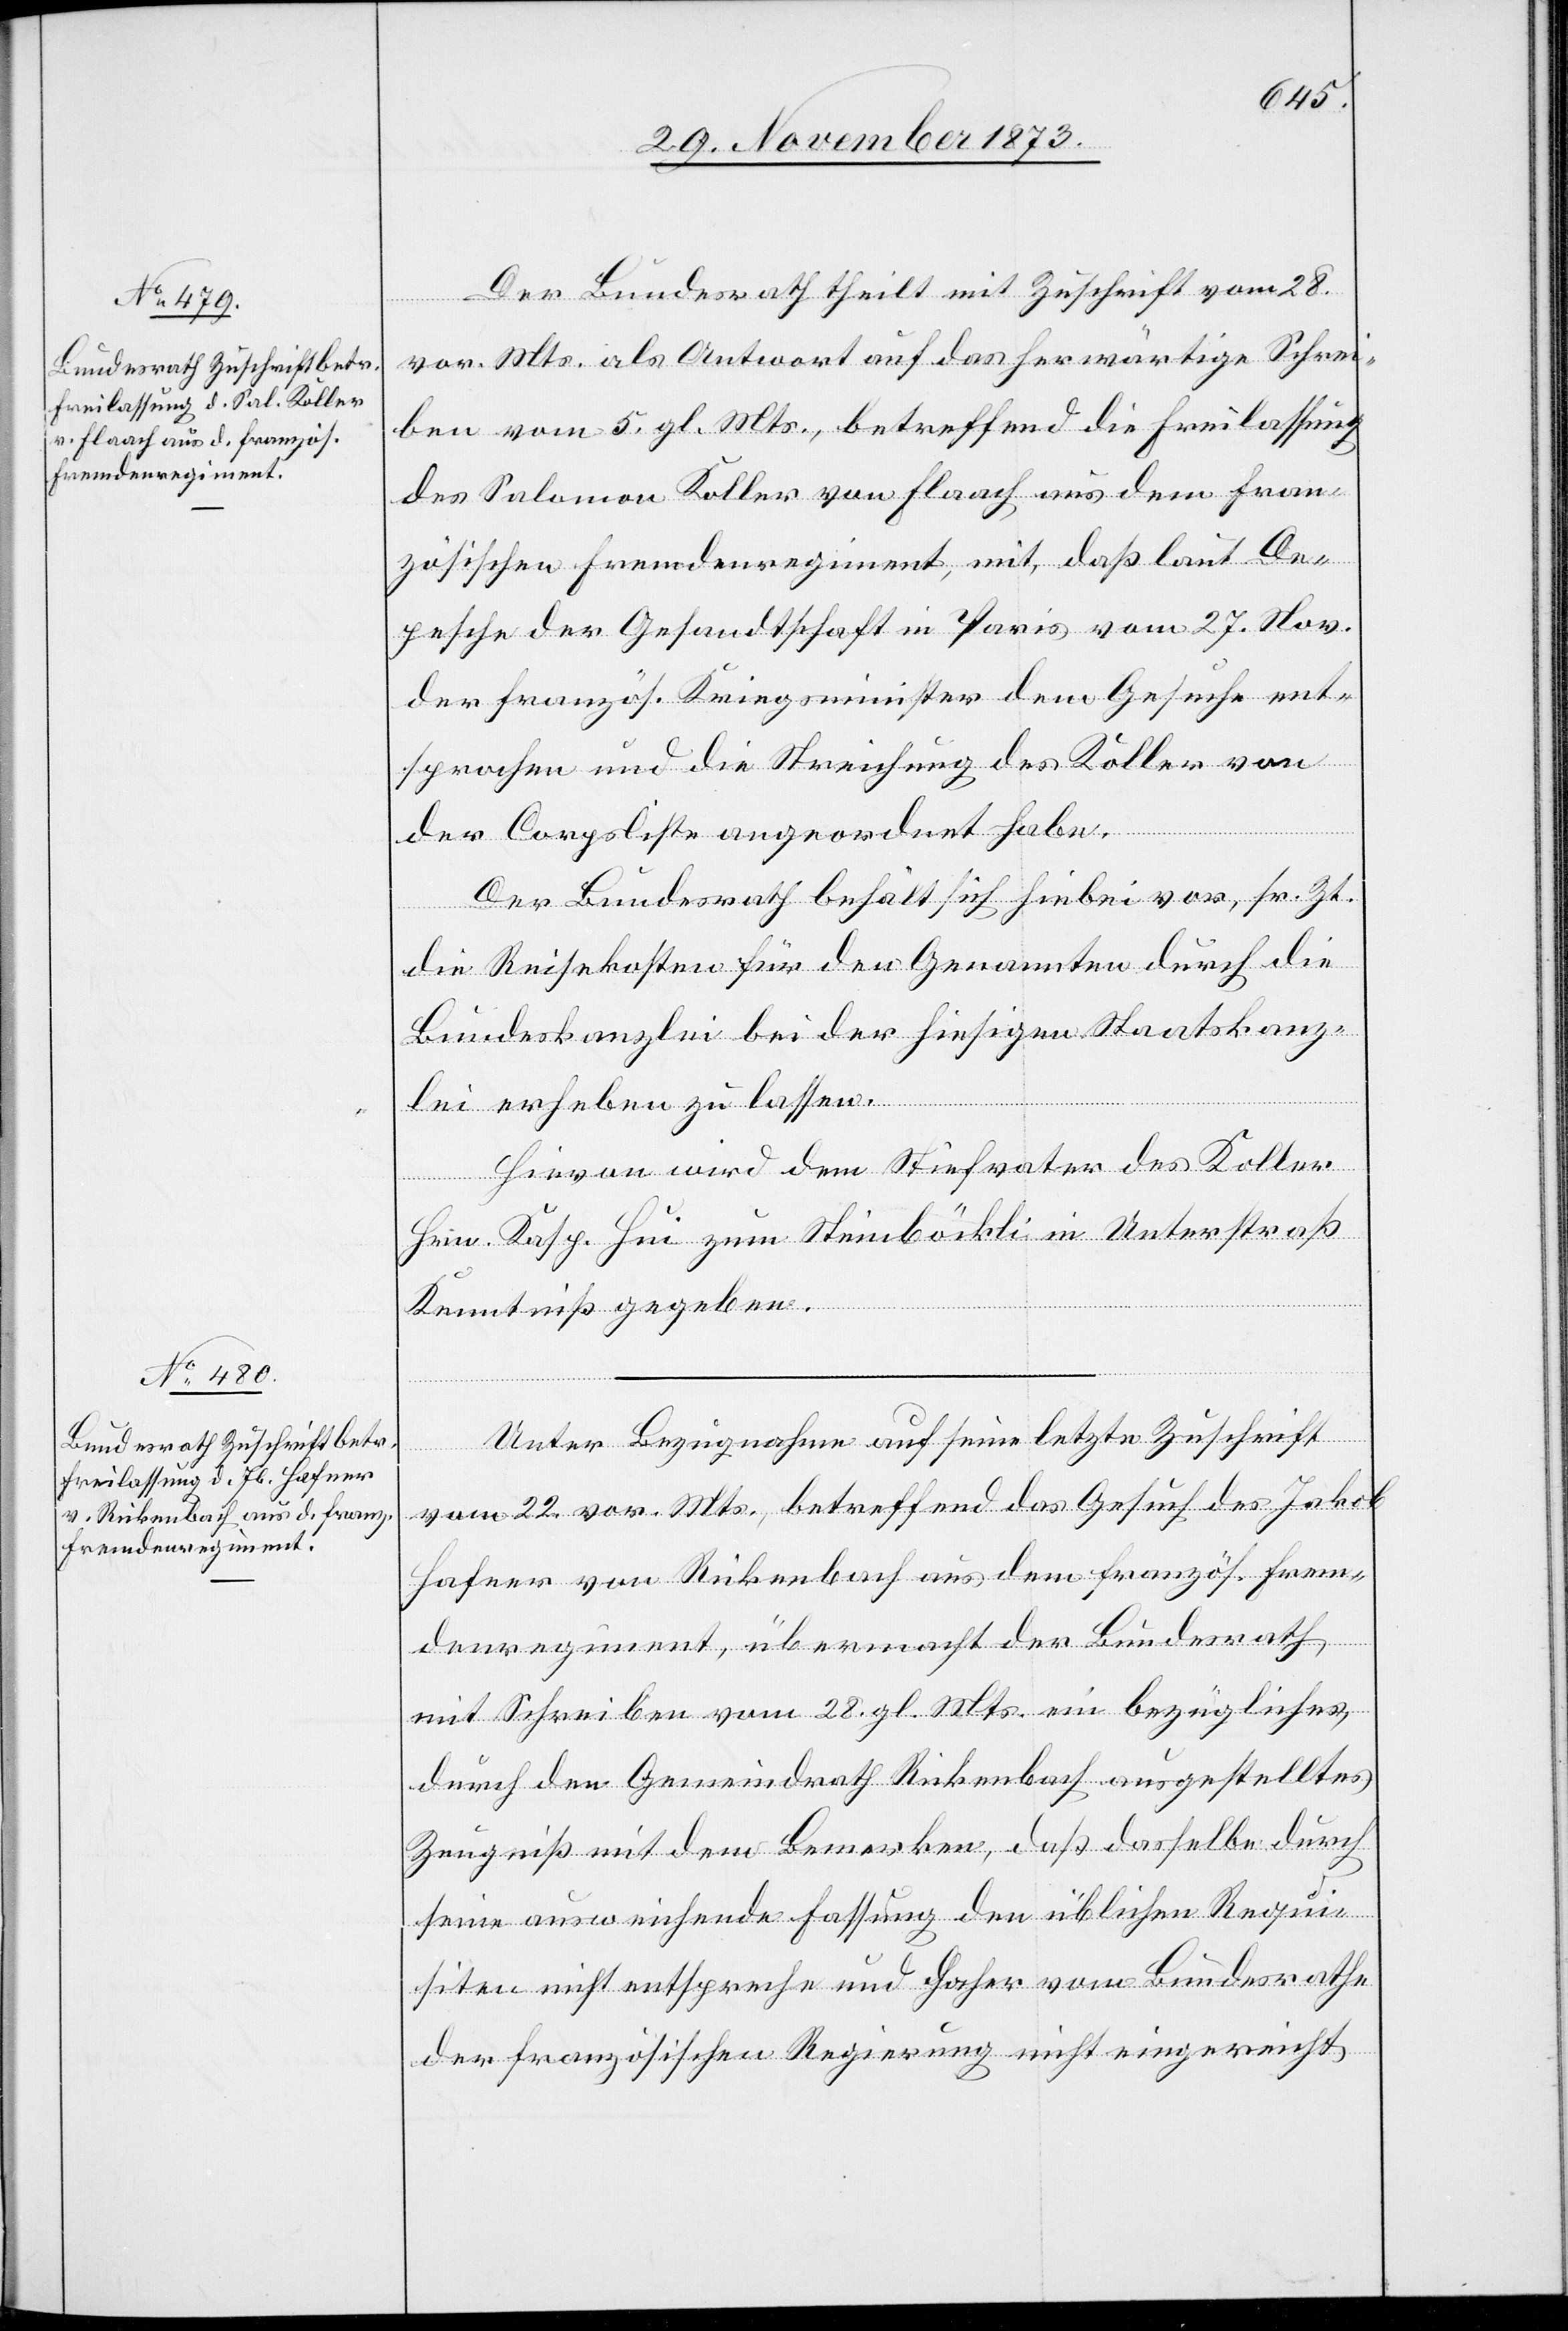
2. December 1873.]
Der Bundesrath theilt mit Zuschrift vom 28.
vor. Mts. als Antwort auf das herwärtige Schrei¬
ben vom 5. gl. Mts., betreffend die Freilassung
des Salomon Koller von Flaach aus dem fran¬
zösischen Fremdenregiment, mit, daß laut De¬
pesche der Gesandtschaft in Paris vom 27. Nov.
der französ. Kriegsminister dem Gesuche ent¬
sprochen und die Streichung des Koller von
der Corpsliste angeordnet habe.
Der Bundesrath behält sich hiebei vor, sr. Zt.
die Reisekosten für den Genannten durch die
Bundeskanzlei bei der hiesigen Staatskanz¬
lei erheben zu lassen.
Hievon wird dem Stiefvater des Koller
Hrn. Kasp. Hui zum Steinböckli in Unterstraß
Kenntniß gegeben.
Unter Bezugnahme auf seine letzte Zuschrift
vom 22. vor. Mts., betreffend das Gesuch des Jakob
Hafner von Rickenbach aus dem französ. Frem¬
denregiment, übermacht der Bundesrath
mit Schreiben vom 28. gl. Mts. ein bezügliches,
durch den Gemeindrath Rickenbach ausgestelltes
Zeugniß mit dem Bemerken, daß dasselbe durch
seine ausweichende Fassung den üblichen Requi¬
siten nicht entspreche und daher vom Bundesrathe
der französischen Regierung nicht eingereicht